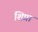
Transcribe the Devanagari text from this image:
शिप्रा